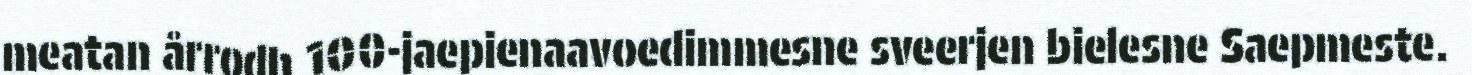
meatan årrodh 100-jaepienaavoedimmesne sveerjen bielesne Saepmeste.